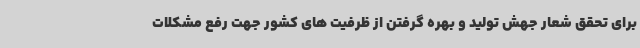
برای تحقق شعار جهش تولید و بهره گرفتن از ظرفیت های کشور جهت رفع مشکلات